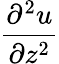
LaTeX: \frac{\partial^{2}u}{\partial z^{2}}